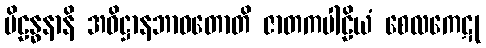
ပိဠန္ဓနာနိ အဓိဋ္ဌာနဘာဝတောတိ ဇာတကပါဠိယံ စေလကေဋု